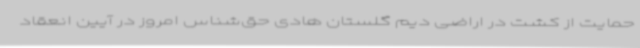
حمایت از کشت در اراضی دیم گلستان هادی حق‌شناس امروز در آیین انعقاد